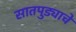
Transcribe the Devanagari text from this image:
सातपुड्याचे